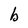
Character: b